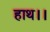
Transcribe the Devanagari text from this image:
हाथ।।